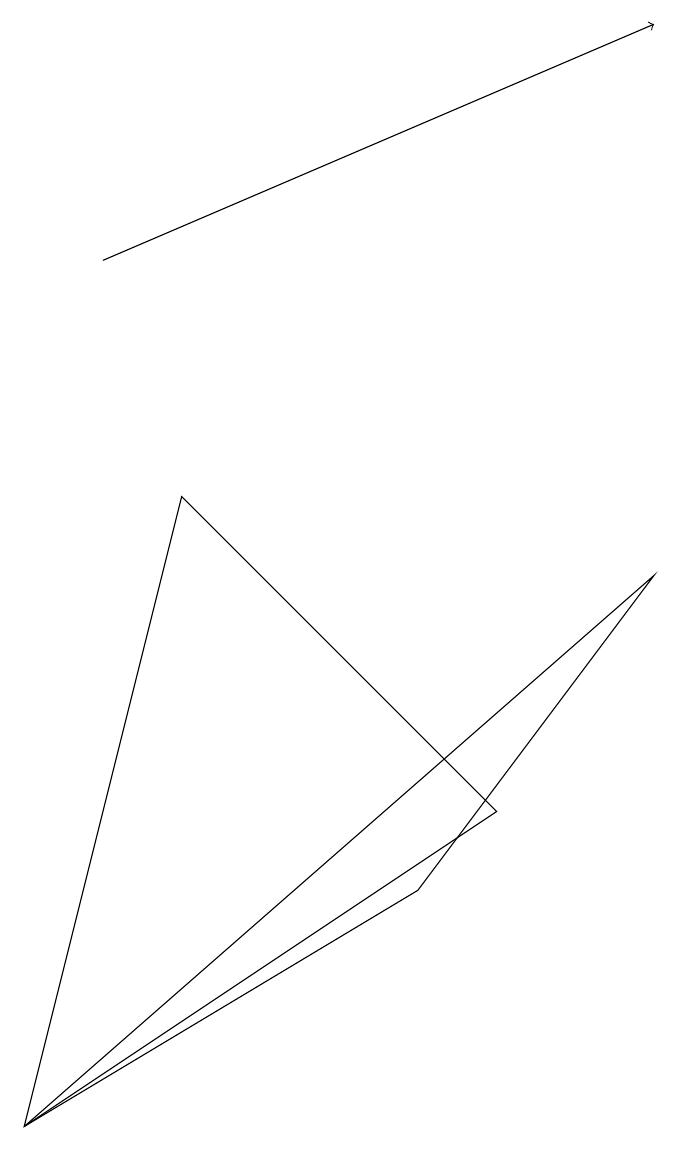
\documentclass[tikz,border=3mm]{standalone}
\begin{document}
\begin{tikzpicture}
\draw[->] (1,11) -- (8,14);
\draw (2,8) -- (6,4) -- (0,0) -- cycle;
\draw (5,3) -- (8,7) -- (0,0) -- cycle;
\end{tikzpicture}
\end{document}